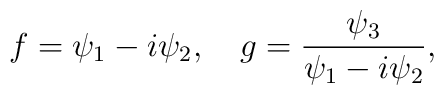
f = \psi_1 -i\psi_2, \quad g={\psi_3 \over \psi_1 -i\psi_2 },